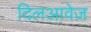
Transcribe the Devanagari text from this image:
दिलआवेज़